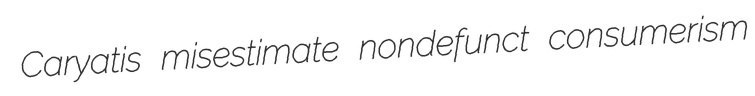
Caryatis misestimate nondefunct consumerism